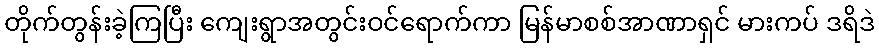
တိုက်တွန်းခဲ့ကြပြီး ကျေးရွာအတွင်းဝင်ရောက်ကာ မြန်မာစစ်အာဏာရှင် မားကပ် ဒရိဒဲ